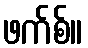
ဖက်စ်။